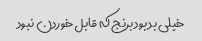
خیلی بد بود برنج که قابل خوردن نبود